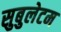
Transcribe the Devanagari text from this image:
सुबुलेटम